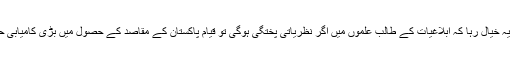
ان کا ہمیشہ یہ خیال رہا کہ ابلاغیات کے طالب علموں میں اگر نظریاتی پختگی ہوگی تو قیام پاکستان کے مقاصد کے حصول میں بڑی کامیابی حاصل ہوگی۔